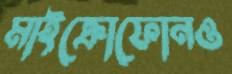
মাইক্রোফোনও